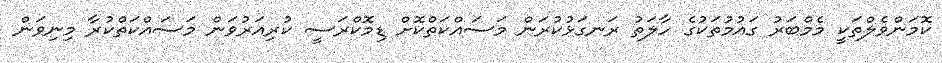
ކޮމަންވެލްތަކީ މެމްބަރު ގައުމުތަކުގެ ހާލަތު ރަނގަޅުކުރަން މަސައްކަތްކޮށް ޑިމޮކްރަސީ ކުރިއަރުވަން މަސައްކަތްކުރާ މިނިވަން